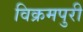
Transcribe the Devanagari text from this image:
विक्रमपुरी